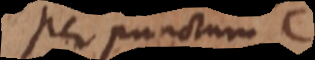
Per punctum C